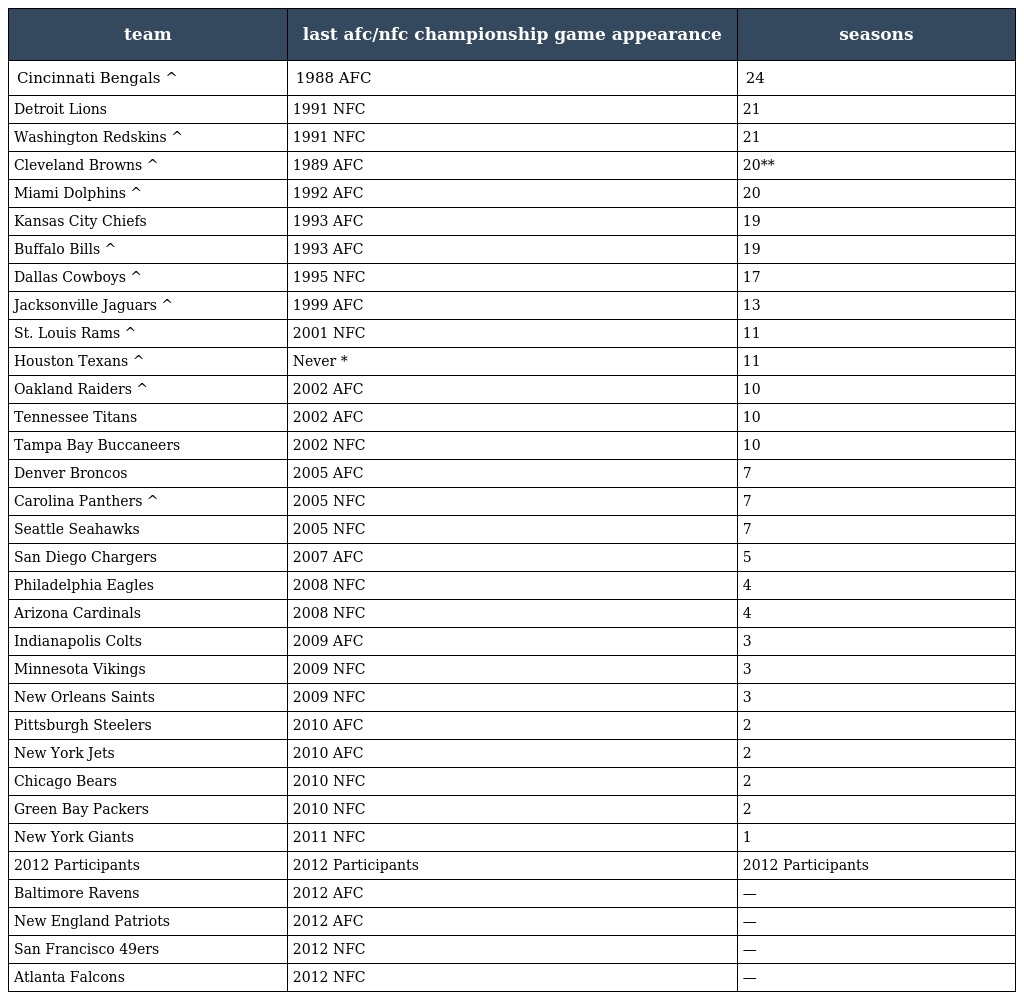
| team | last afc/nfc championship game appearance | seasons |
 | --- | --- | --- |
 | Cincinnati Bengals ^ | 1988 AFC | 24 |
 | Detroit Lions | 1991 NFC | 21 |
 | Washington Redskins ^ | 1991 NFC | 21 |
 | Cleveland Browns ^ | 1989 AFC | 20** |
 | Miami Dolphins ^ | 1992 AFC | 20 |
 | Kansas City Chiefs | 1993 AFC | 19 |
 | Buffalo Bills ^ | 1993 AFC | 19 |
 | Dallas Cowboys ^ | 1995 NFC | 17 |
 | Jacksonville Jaguars ^ | 1999 AFC | 13 |
 | St. Louis Rams ^ | 2001 NFC | 11 |
 | Houston Texans ^ | Never * | 11 |
 | Oakland Raiders ^ | 2002 AFC | 10 |
 | Tennessee Titans | 2002 AFC | 10 |
 | Tampa Bay Buccaneers | 2002 NFC | 10 |
 | Denver Broncos | 2005 AFC | 7 |
 | Carolina Panthers ^ | 2005 NFC | 7 |
 | Seattle Seahawks | 2005 NFC | 7 |
 | San Diego Chargers | 2007 AFC | 5 |
 | Philadelphia Eagles | 2008 NFC | 4 |
 | Arizona Cardinals | 2008 NFC | 4 |
 | Indianapolis Colts | 2009 AFC | 3 |
 | Minnesota Vikings | 2009 NFC | 3 |
 | New Orleans Saints | 2009 NFC | 3 |
 | Pittsburgh Steelers | 2010 AFC | 2 |
 | New York Jets | 2010 AFC | 2 |
 | Chicago Bears | 2010 NFC | 2 |
 | Green Bay Packers | 2010 NFC | 2 |
 | New York Giants | 2011 NFC | 1 |
 | 2012 Participants | 2012 Participants | 2012 Participants |
 | Baltimore Ravens | 2012 AFC | — |
 | New England Patriots | 2012 AFC | — |
 | San Francisco 49ers | 2012 NFC | — |
 | Atlanta Falcons | 2012 NFC | — |